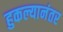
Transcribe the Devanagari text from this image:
हुकल्यानंतर